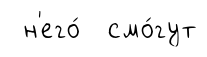
н'его́ смо́гут